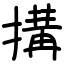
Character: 搆